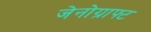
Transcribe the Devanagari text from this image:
जेनोग्राफ्ट